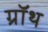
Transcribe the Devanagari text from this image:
ग्रॉथ